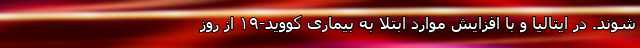
شوند. در ایتالیا و با افزایش موارد ابتلا به بیماری کووید-۱۹ از روز